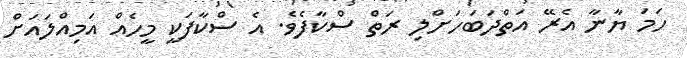
ހަމަ ޔާނާ އެރޭ އަތްދަބަހަށްލި ރަތް ސްކާފެވެ. އެ ސްކާފަކީ މީހެއް އަމިއްލައަށް